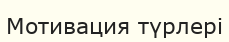
Мотивация түрлері